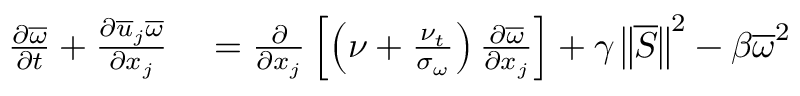
\begin{array} { r l } { \frac { \partial \overline { { \omega } } } { \partial t } + \frac { \partial \overline { { u } } _ { j } \overline { { \omega } } } { \partial x _ { j } } } & { { } = \frac { \partial } { \partial x _ { j } } \left[ \left( \nu + \frac { \nu _ { t } } { \sigma _ { \omega } } \right) \frac { \partial \overline { { \omega } } } { \partial x _ { j } } \right] + \gamma \left\Vert \overline { { S } } \right\Vert ^ { 2 } - \beta \overline { { \omega } } ^ { 2 } } \end{array}